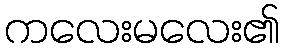
ကလေးမလေး၏